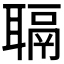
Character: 𫆋